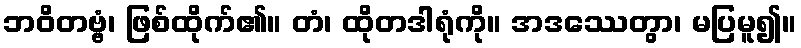
ဘဝိတဗ္ဗံ၊ ဖြစ်ထိုက်၏။ တံ၊ ထိုတဒါရုံကို။ အဒဿေတွာ၊ မပြမူ၍။